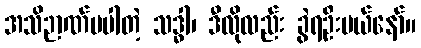
အသိဉာဏ်မပါတဲ့ သဒ္ဓါ၊ ဒီလိုလည်း ခွဲရဦးမယ်နော်။